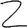
Digit: 2